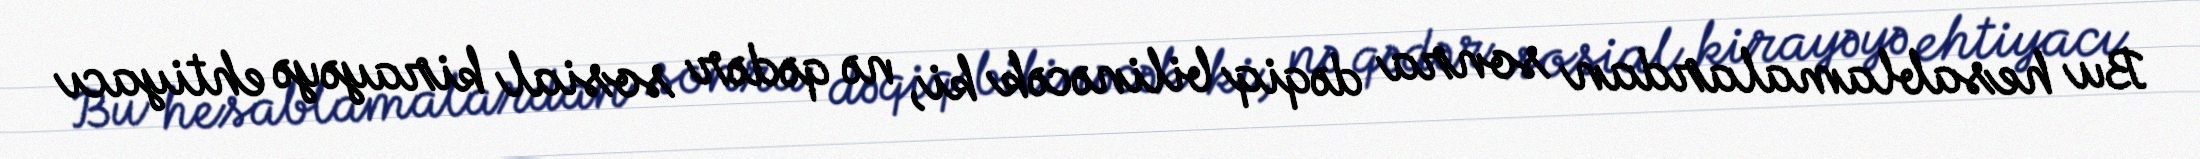
Bu hesablamalardan sonra dəqiq bilinəcək ki, nə qədər sosial kirayəyə ehtiyacı